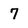
Character: 7